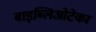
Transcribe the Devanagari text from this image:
बाइब्लिओटेका